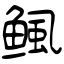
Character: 鲺